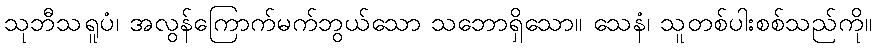
သုဘီသရူပံ၊ အလွန်ကြောက်မက်ဘွယ်သော သဘောရှိသော။ သေနံ၊ သူတစ်ပါးစစ်သည်ကို။